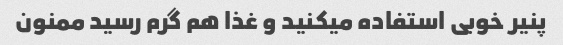
پنیر خوبی استفاده میکنید و غذا هم گرم رسید ممنون